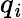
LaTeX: q_{\mathit{i}}